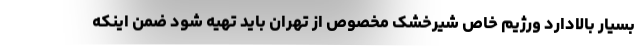
بسیار بالادارد ورژیم خاص شیرخشک مخصوص از تهران باید تهیه شود ضمن اینکه